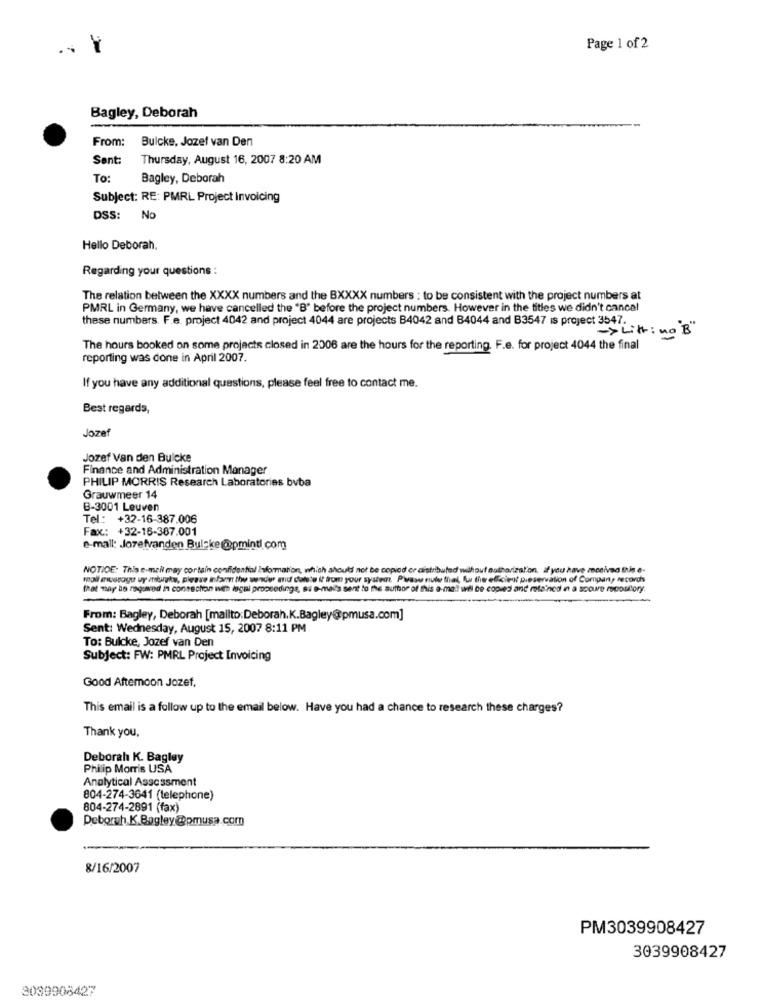
Page 1 of 2
Bagley, Deborah
From:
Bulcke, Jozef van Den
Sent:
Thursday, August 16, 2007 8:20 AM
To:
Bagley, Deborah
Subject: RE: PMRL Project Invoicing
DSS: N
Hello Deborah.
Regarding your questions :
The relation between the XXXX numbers and the BXXXX numbers : to be consistent with the project numbers at
PMRL in Germany, we have cancelled the "B" before the project numbers. However in the titles we didn't cancel
these numbers. F.e. project 4042 and project 4044 are projects B4042 and B4044 and B3547 is project 3547.
- > Litt : no "B"
The hours booked on some projects closed in 2006 are the hours for the reporting. F.e. for project 4044 the final
reporting was done in April 2007.
If you have any additional questions, please feel free to contact me.
Best regards,
Jozef
Jozef Van den Bulcke
Finance and Administration Manager
PHILIP MORRIS Research Laboratories bvba
Grauwmeer 14
B-3001 Leuven
Tel .: +32-16-387.006
Fax .: +32-16-387.001
e-mail: Jozefvanden Buleke@pmintl.com
NOTICE: This e-mail may contain confidential Information, which should not be copied cr distributed without authorization. if you have monived this e-
mail ewuragu vy mtargia, please inform the wdw mid duhte it from your system. Please rule thal, fu the elkiest preservation of Compan, records
that may be regarod in consection with legal proceedings, si e-mails sent to the author of this e-mail will be copied and melained in a score repository
From: Bagley, Deborah [mailto:Deborah. K.Bagley@pmusa.com]
Sent: Wednesday, August 15, 2007 8:11 PM
To: Bulcke, Jozef van Den
Subject: FW: PMRL Project Invoicing
Good Afternoon Jozef,
This email is a follow up to the email below. Have you had a chance to research these charges?
Thank you.
Deborah K. Bagley
Philip Morris USA
Analytical Assessment
804-274-3641 (telephone)
804-274-2891 (fax)
Deborah K.Bagley@pmusa.com
8/16/2007
PM3039908427
3039908427
3039908427